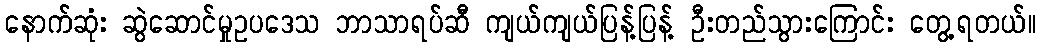
နောက်ဆုံး ဆွဲဆောင်မှုဥပဒေသ ဘာသာရပ်ဆီ ကျယ်ကျယ်ပြန့်ပြန့် ဦးတည်သွားကြောင်း တွေ့ရတယ်။